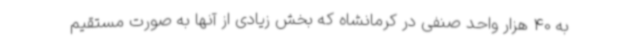
به 40 هزار واحد صنفی در کرمانشاه که بخش زیادی از آنها به صورت مستقیم